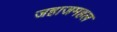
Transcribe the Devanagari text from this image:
जहाजमहल